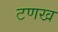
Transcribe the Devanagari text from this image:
टणख